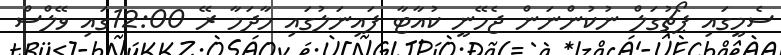
ސެމީގައި ޕޯޗުގަލް ނުކުންނަން ޖެހޭނީ ކުއާޓާ ފައިނަލުގައި މާދަމާ ރޭ 12:00ގައި ވޭލްސް